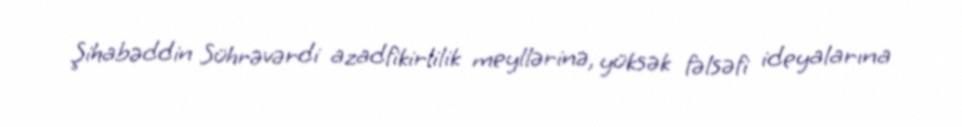
Şihabəddin Sührəvərdi azadfikirlilik meyllərinə, yüksək fəlsəfi ideyalarına